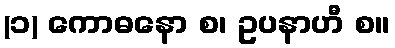
(၁) ကောဓနော စ၊ ဥပနာဟီ စ။